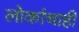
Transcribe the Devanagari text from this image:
लोकांचाही